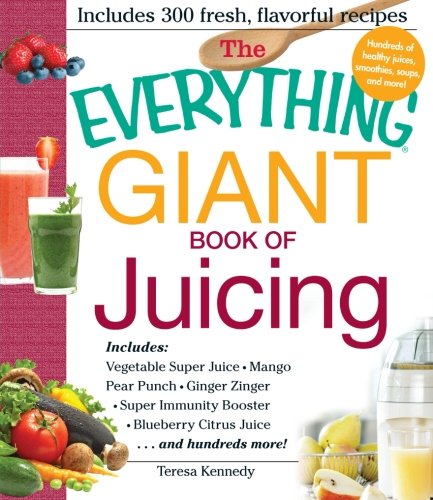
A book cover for The Everything Giant Book of Juicing: Includes Vegetable Super Juice, Mango Pear Punch, Ginger Zinger, Super Immunity Booster, Blueberry Citrus Juice and hundreds more!; Teresa Kennedy; Cookbooks, Food & Wine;